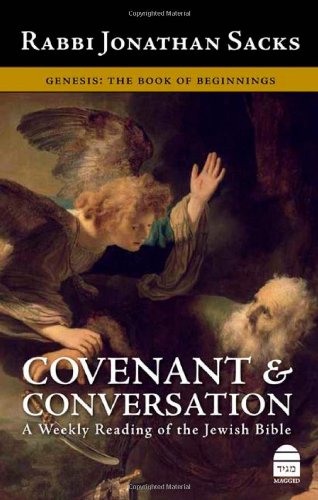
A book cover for Covenant & Conversation Genesis: The Book of Beginnings; Jonathan Sacks; Christian Books & Bibles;